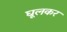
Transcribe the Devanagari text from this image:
घूलकर